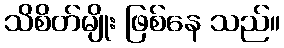
သိစိတ်မျိုး ဖြစ်နေ သည်။